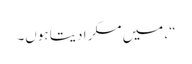
“، میں مسکرا دیتا ہوں۔